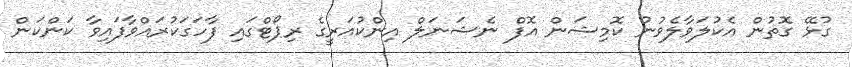
ގުޅޭ ގޮތުން އެކުލަވާލެވުނު ކޮމިޝަން އޮފް ނެޝަނަލް އިންކުއަރީގެ ރިޕޯޓްގައި ފާހަގަކުރައްވާފައިވާ ކަންކަން